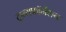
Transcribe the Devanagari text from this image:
ट्रान्सफॉर्मेशन